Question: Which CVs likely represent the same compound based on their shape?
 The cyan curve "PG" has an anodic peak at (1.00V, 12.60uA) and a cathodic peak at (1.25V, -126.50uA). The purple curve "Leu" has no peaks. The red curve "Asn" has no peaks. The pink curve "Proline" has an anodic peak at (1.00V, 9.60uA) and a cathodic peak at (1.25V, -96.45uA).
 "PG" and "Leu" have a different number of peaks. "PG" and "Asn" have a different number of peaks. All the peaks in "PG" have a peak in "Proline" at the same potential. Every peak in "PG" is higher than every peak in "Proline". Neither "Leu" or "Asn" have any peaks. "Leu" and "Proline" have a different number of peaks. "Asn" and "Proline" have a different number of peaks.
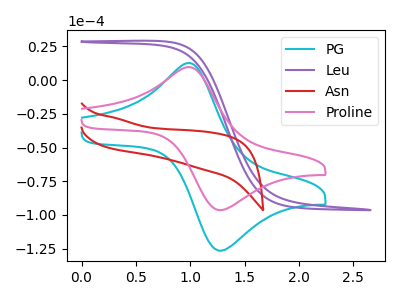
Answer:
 <answer>"Proline" and "PG" have the same shape and are likely CV's of the same chemical.</answer>
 <eval>"Proline" "PG"</eval>